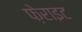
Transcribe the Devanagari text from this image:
फ़ेराइट